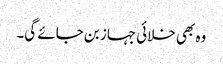
وہ بھی خلائی جہاز بن جائے گی۔